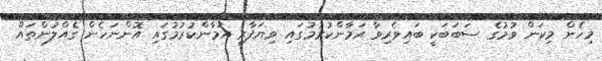
މިހެން މިކަން ވުމުގެ ސަބަބަކީ ބައިވެރިވާ އަމާންކުރުމުގައި ވިޔަފާރި އަމާންކުރުމުގައި އޮންނަހެން ގެއްލުންތައް